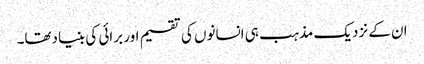
ان کے نزدیک مذہب ہی انسانوں کی تقسیم اور برائی کی بنیادتھا۔